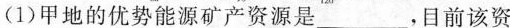
(1)甲地的优势能源矿产资源是____，目前该资